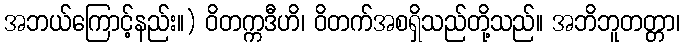
အဘယ်ကြောင့်နည်း။) ဝိတက္ကဒီဟိ၊ ဝိတက်အစရှိသည်တို့သည်။ အဘိဘူတတ္တာ၊